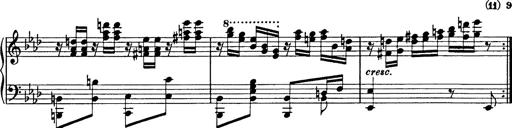
Title: 8 Variations
Composer: Franz Liszt
Key: A-flat major